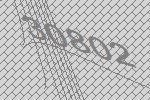
30802